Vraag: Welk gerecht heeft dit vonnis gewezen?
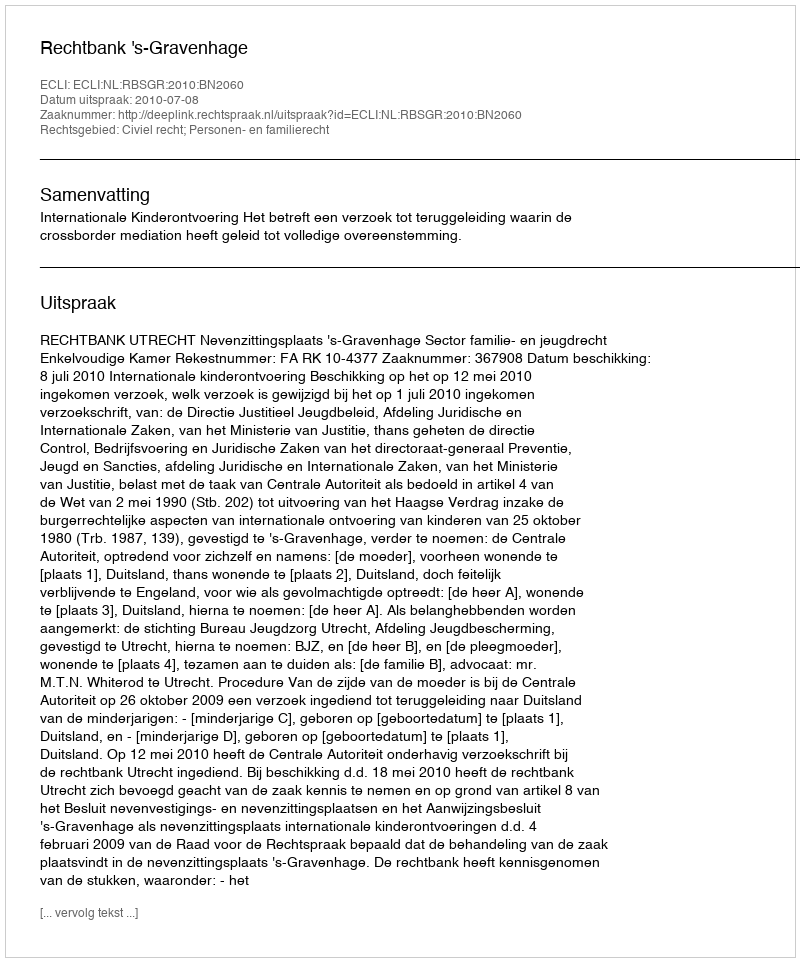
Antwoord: Rechtbank 's-Gravenhage